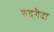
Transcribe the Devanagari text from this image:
रुद्र्गैदा